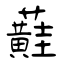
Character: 蘳